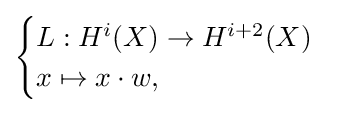
{\begin{cases}L:H^{i}(X)\to H^{i+2}(X)\\x\mapsto x\cdot w,\end{cases}}